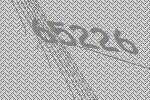
65226